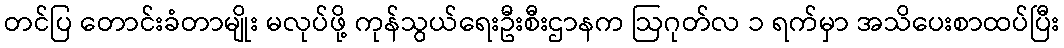
တင်ပြ တောင်းခံတာမျိုး မလုပ်ဖို့ ကုန်သွယ်ရေးဦးစီးဌာနက ဩဂုတ်လ ၁ ရက်မှာ အသိပေးစာထပ်ပြီး